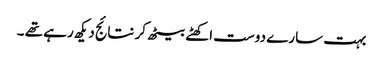
بہت سارے دوست اکھٹے بیٹھ کر نتائج دیکھ رہے تھے ۔